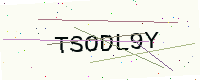
Text: TSODL9Y